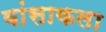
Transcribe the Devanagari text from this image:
वांसाकला